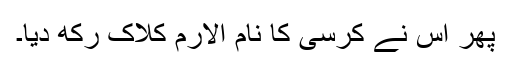
پھر اس نے کرسی کا نام الارم کلاک رکھ دیا۔